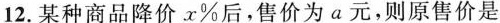
12.某种商品降价x%后，售价为a元，则原售价是 ( )